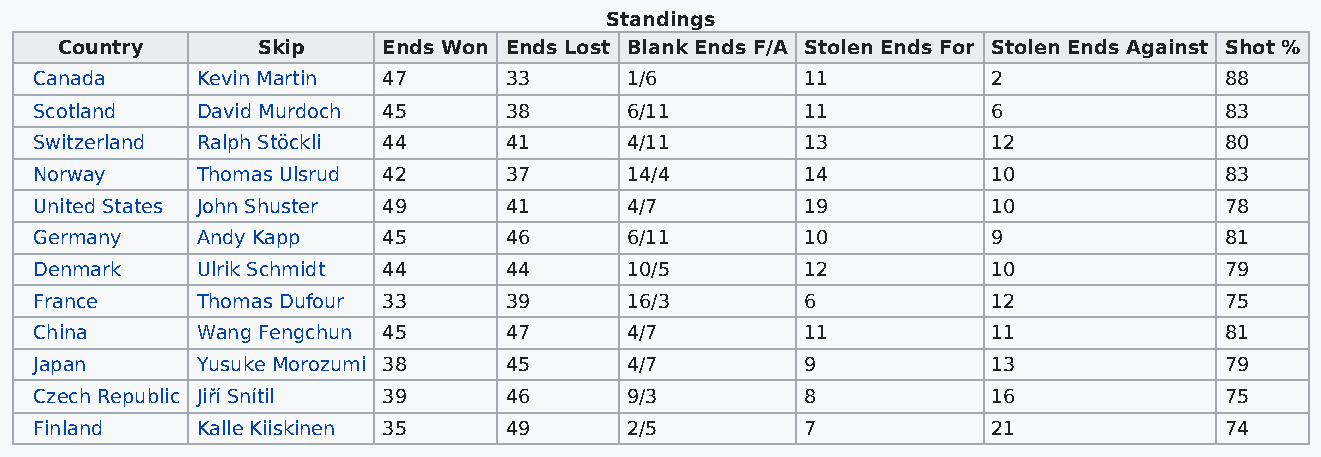
Standings
 Country      Skip    Ends Won Ends Lost Blank Ends F/A Stolen Ends For Stolen Ends Against Shot %
 Canada     Kevin Martin 47     33      1/6         11           2              88
 Scotland   David Murdoch 45    38      6/11        11           6              83
 Switzerland Ralph Stöckli 44   41      4/11        13           12             80
 Norway     Thomas Ulsrud 42    37      14/4        14           10             83
 United States John Shuster 49  41      4/7         19           10             78
 Germany    Andy Kapp   45      46      6/11        10           9              81
 Denmark    Ulrik Schmidt 44    44      10/5        12           10             79
 France     Thomas Dufour 33    39      16/3        6            12             75
 China      Wang Fengchun 45    47      4/7         11           11             81
 Japan      Yusuke Morozumi 38  45      4/7         9            13             79
 Czech Republic Jiří Snítil 39  46      9/3         8            16             75
 Finland    Kalle Kiiskinen 35  49      2/5         7            21             74